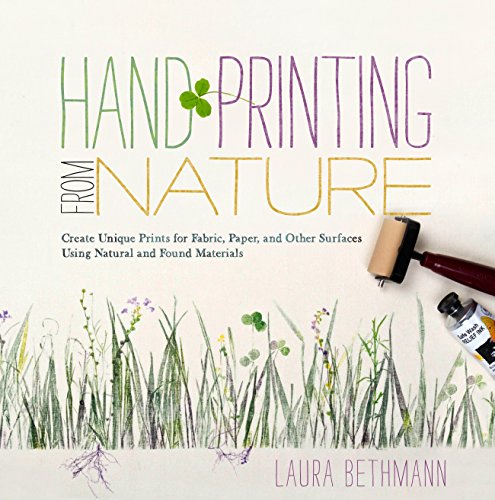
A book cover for Hand Printing from Nature: Create Unique Prints for Fabric, Paper, and Other Surfaces Using Natural and Found Materials; Laura Donnelly Bethmann; Crafts, Hobbies & Home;